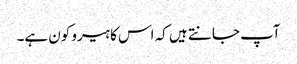
آپ جانتے ہیں کہ اس کا ہیرو کون ہے۔